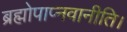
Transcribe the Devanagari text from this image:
ब्रह्मोपाप्नवानीति।